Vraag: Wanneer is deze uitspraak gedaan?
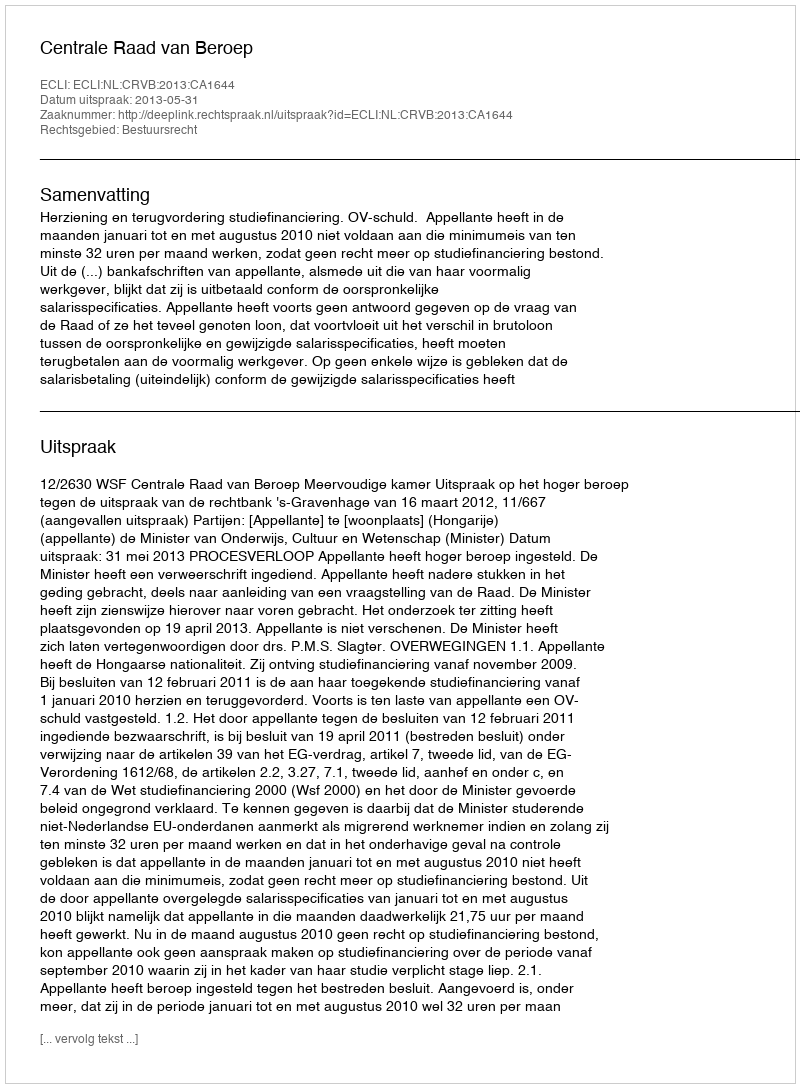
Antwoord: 2013-05-31